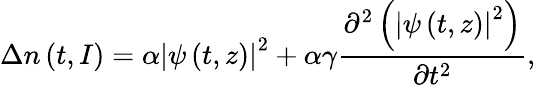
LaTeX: \Delta n\left(t,I\right)=\alpha\left|\psi\left(t,z\right)\right|^{2}+\alpha\gamma\frac{\partial^{2}\left(\left|\psi\left(t,z\right)\right|^{2}\right)}{\partial t^{2}},